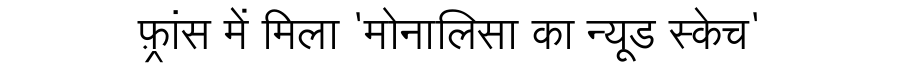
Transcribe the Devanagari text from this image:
फ़्रांस में मिला 'मोनालिसा का न्यूड स्केच'